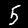
Digit: 5